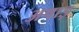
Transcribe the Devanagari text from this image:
अषाड़